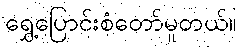
ရွှေ့ပြောင်းစံတော်မူတယ်။